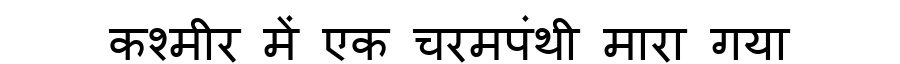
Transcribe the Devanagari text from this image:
कश्मीर में एक चरमपंथी मारा गया